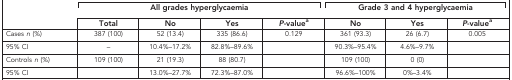
<table><thead><tr><td><b> </b></td><td colspan="4"><b>All grades hyperglycaemia</b></td><td colspan="3"><b>Grade 3 and 4 hyperglycaemia</b></td></tr><tr><td><b> </b></td><td><b>Total</b></td><td><b>No</b></td><td><b>Yes</b></td><td><b><i>P</i>-valuea</b></td><td><b>No</b></td><td><b>Yes</b></td><td><b><i>P</i>-valuea</b></td></tr></thead><tbody><tr><td>Cases <i>n</i> (%)</td><td>387 (100)</td><td>52 (13.4)</td><td>335 (86.6)</td><td>0.129</td><td>361 (93.3)</td><td>26 (6.7)</td><td>0.005</td></tr><tr><td>95% CI</td><td>–</td><td>10.4%–17.2%</td><td>82.8%–89.6%</td><td> </td><td>90.3%–95.4%</td><td>4.6%–9.7%</td><td> </td></tr><tr><td>Controls <i>n</i> (%)</td><td>109 (100)</td><td>21 (19.3)</td><td>88 (80.7)</td><td> </td><td>109 (100)</td><td>0 (0)</td><td> </td></tr><tr><td>95% CI</td><td> </td><td>13.0%–27.7%</td><td>72.3%–87.0%</td><td> </td><td>96.6%–100%</td><td>0%–3.4%</td><td> </td></tr></tbody></table>